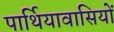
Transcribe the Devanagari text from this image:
पार्थियावासियों